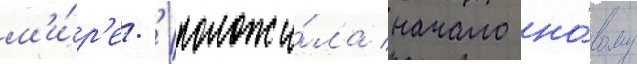
м'и́р'е.' положи́ла начало но́вому